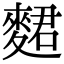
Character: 𪌺